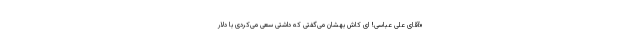
«آقای علی عباسی! ای کاش بهشان می‌گفتی که داشتی سعی می‌کردی با دلار